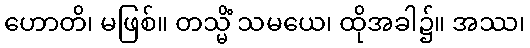
ဟောတိ၊ မဖြစ်။ တသ္မိံ သမယေ၊ ထိုအခါ၌။ အဿ၊